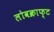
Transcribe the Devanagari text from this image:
लोवक्राफ्ट